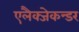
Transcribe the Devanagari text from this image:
एलैक्जेकन्डर